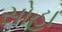
સોહા